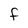
Character: F